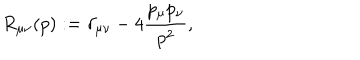
LaTeX: R _ { \mu \nu } ( p ) : = \delta _ { \mu \nu } - 4 { \frac { p _ { \mu } p _ { \nu } } { p ^ { 2 } } } ,